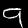
Label: 9